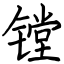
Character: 镗